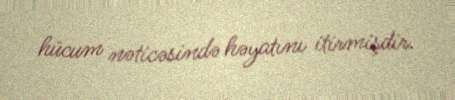
hücum nəticəsində həyatını itirmişdir.